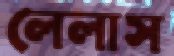
লেলাস